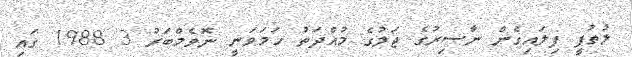
ލުތުފީ ފިލައިގެން ނާސިރުގެ ޖަލުގެ މުއްދަތު ހަމަވަނީ ނޮވެމްބަރު 3 1988 ގައި